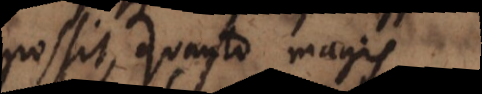
possit, quanto magis